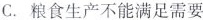
C.粮食生产不能满足需要